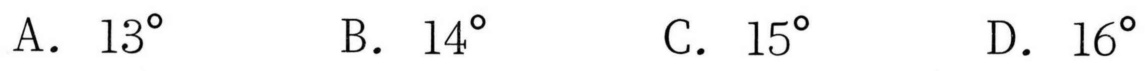
A. \(13^{\circ}\)  B. \(14^{\circ}\)  C. \(15^{\circ}\)  D. \(16^{\circ}\)